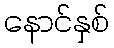
နောင်နှစ်